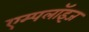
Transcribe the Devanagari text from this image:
एम्पलॉइज